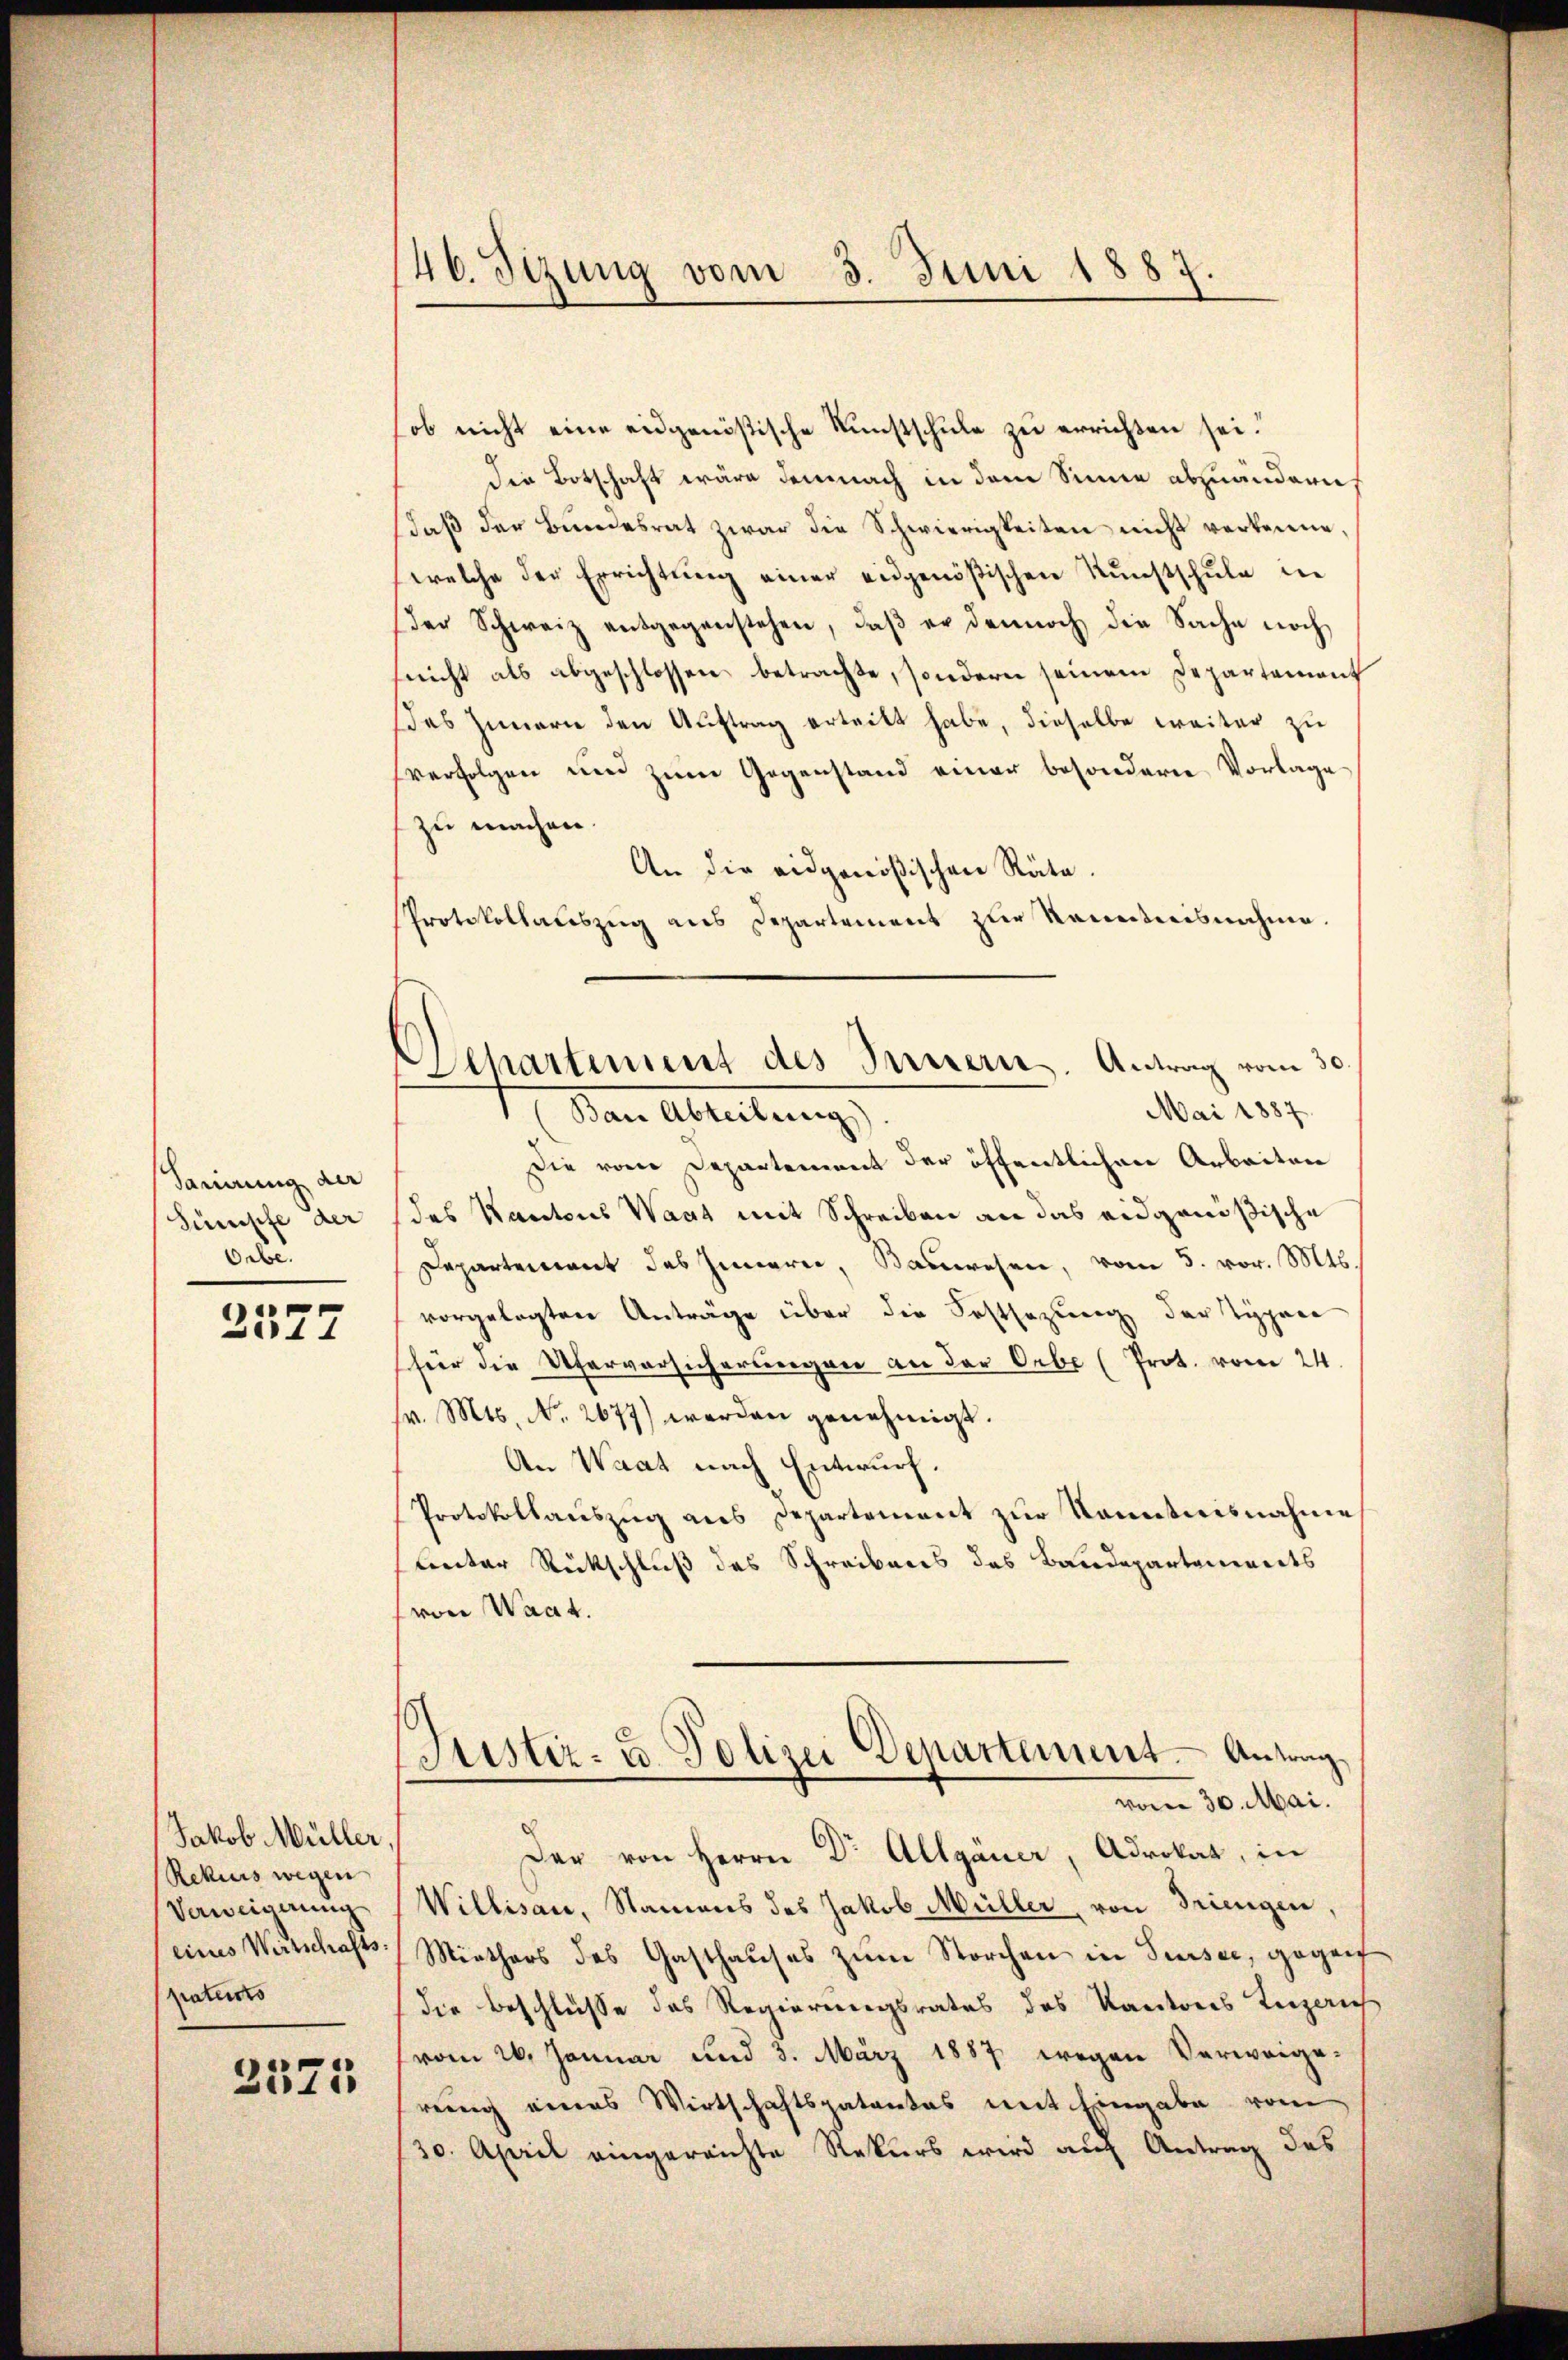
Sarierung der
Sümpfe der
Orbe.

2577

Jakob Müller,
Rekurs wegen
Verweigerung
eines Wirtschaftspatents

3575

46. Sezung vom 3. Juni 1887.

(ob nicht eine eidgenößische Kunstschule zu errichten sei.
Die Botschaft wäre demnach in dem Sinne abzuändern
daß der Bundesrat zwar die Schwierigkeiten nicht verkenne,
welche der Errichtung einer eidgenößischen Kunstschule in
der Schweiz entgegenstehen, daβ er dennoch die Sache noch
(nicht als abgeschlossen betrachte, sondern seinem Departement
as Zimmern den Auftrag erteilt habe, dieselbe weiter zu
sverfolgen und zum Gegenstand einer besondere Vorlage
zu machen.
An die eidgenößischen Räte.
Protokollauszug aus Departement zur Kenntnisnahme.
Die vom Departement der öffentlichen Arbeiten
das Kantons Wart mit Schreiben an das eidgenößische
Departement des Innern, Bauwesen, vom 5. vor. Mts.
vorgelegten Anträge über die Festsezung der Typen
für die Uferversicherungen an der Orbe (Prot. vom 24.
fr. Mts. No. 2677) werden genehmigt.
An Waat nach Entwurf.
Protokollauszug aus Departement zur Kenntnisnahme
leter Rückschluß des Schreibens des Baudepartenwerts
(von Waadt.
Justiz- u Polizei Departement. Antrag
vom 30. Mai.
Der von Herrn Dr. Allgauer, Advokat, in
Willisau, Namens des Jakob Müller, von Triengen,
Minthers des Gasthauses zum Storchen in Sursee, gegen
die Beschlüsse des Regierungsrates des Kantons Unzaus
(vom 26. Januar und 3. März 1887 wegen Verweigereuung eines Wirtschaftspatentes mit Eingabe vom
30. April eingereichte Rekurs wird auf Antrag des

Departement des Innern. Antrag vom 30.
Mai 1887
 Den Ableitung,